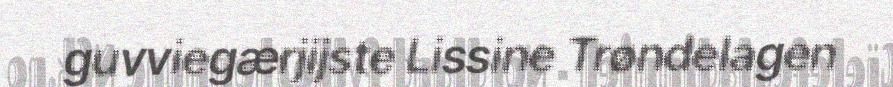
guvviegærjijste Lissine Trøndelagen